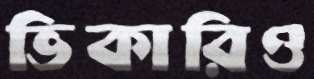
ভিকারিও